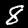
Label: 8